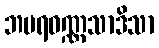
ဘမရဝဏ္ဏသာဒိသာ